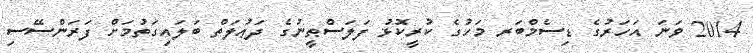
2014 ވަނަ އަހަރުގެ ޑިސެމްބަރ މަހުގެ ކުރީކޮޅު ފަލަސްޠީނުގެ ދަޢުލަތް ބަލައިގަތުމަށް ފަރަންސޭސި